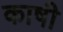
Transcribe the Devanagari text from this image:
काषी